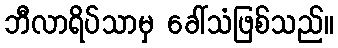
ဘီလာရိပ်သာမှ ခေါ်သံဖြစ်သည်။